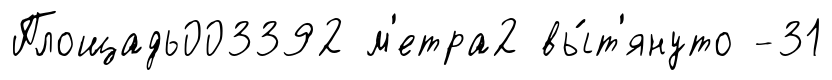
Площадь003392 м'етра2 вы́т'януто -31